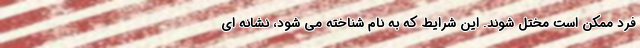
فرد ممکن است مختل شوند. این شرایط که به نام شناخته می شود، نشانه ای